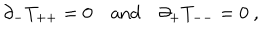
LaTeX: \partial _ { - } T _ { + + } = 0 \quad \mathrm { a n d } \quad \partial _ { + } T _ { -- } = 0 \ ,